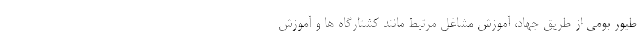
طیور بومی از طریق جهاد، آموزش مشاغل مرتبط مانند کشتارگاه ها و آموزش